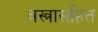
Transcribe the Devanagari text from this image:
वस्त्रासहित